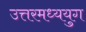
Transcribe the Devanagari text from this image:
उत्तरमध्ययुग